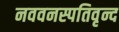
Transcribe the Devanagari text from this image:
नववनस्पतिवृन्द